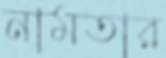
নামতার